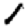
Digit: 1